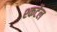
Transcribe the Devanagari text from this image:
श्कर्टेल